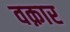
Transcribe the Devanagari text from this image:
वक़ार